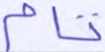
تام